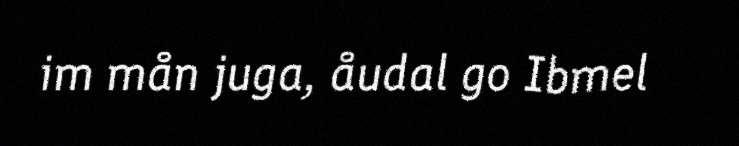
im mån juga, åudal go Ibmel